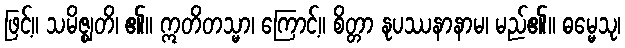
ဖြင့်။ သမိဇ္ဈတိ၊ ၏။ ဣတိတသ္မာ၊ ကြောင့်။ စိတ္တာ နုပဿနာနာမ၊ မည်၏။ ဓမ္မေသု၊